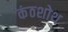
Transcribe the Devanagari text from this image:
कंठशोथ